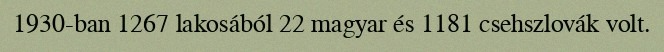
1930-ban 1267 lakosából 22 magyar és 1181 csehszlovák volt.